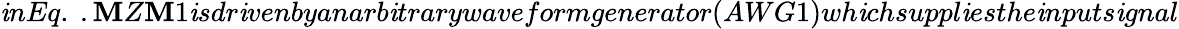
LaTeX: \mathit{i}nEq.\ .\mathbf{M}Z\mathbf{M}1\mathit{i}sdr\mathit{i}venbyanarb\mathit{i}trarywaveformgenerator(AWG1)wh\mathit{i}chsuppl\mathit{i}esthe\mathit{i}nputs\mathit{i}gnal